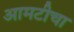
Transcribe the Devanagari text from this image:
आमटीचा